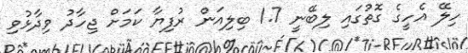
ހިލޭ އެހީގެ ގޮތުގައި ލިބޭނީ 1.7 ބިލިއަން ރުފިޔާ ކަމަށް ޖިހާދު ވިދާޅުވި